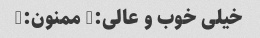
خیلی خوب و عالی:) ممنون:)